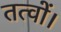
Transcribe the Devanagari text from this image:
तत्वों।